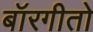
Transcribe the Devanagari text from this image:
बॉरगीतो